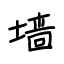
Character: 墙